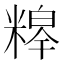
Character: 𮇸